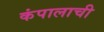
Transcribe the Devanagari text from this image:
कंपालाची